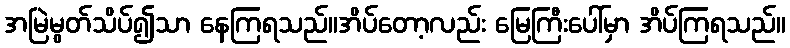
အမြဲမွတ်သိပ်၍သာ နေကြရသည်။အိပ်တော့လည်း မြေကြီးပေါ်မှာ အိပ်ကြရသည်။